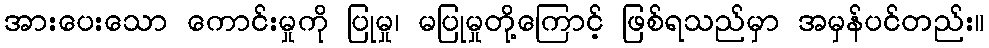
အားပေးသော ကောင်းမှုကို ပြုမှု၊ မပြုမှုတို့ကြောင့် ဖြစ်ရသည်မှာ အမှန်ပင်တည်း။